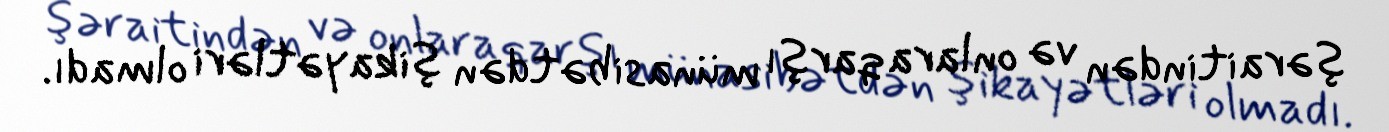
şəraitindən və onlara qarşı münasibətdən şikayətləri olmadı.